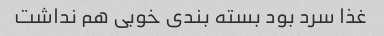
غذا سرد بود بسته بندی خوبی هم نداشت